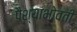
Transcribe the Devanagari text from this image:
पैश्याभोवती